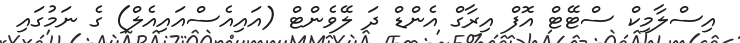
އިސްލާމިކް ސްޓޭޓް އޮފް އިރާގް އެންޑް ދަ ލޭވެންޓް (އައިއެސްއައިއެލް) ގެ ނަމުގައި